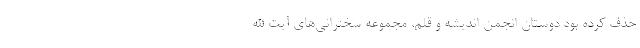
حذف کرده بود دوستان انجمن اندیشه و قلم، مجموعه سخنرانی‌های آیت الله